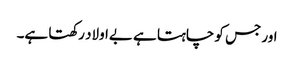
اور جس کو چاہتا ہے بےاولاد رکھتا ہے۔